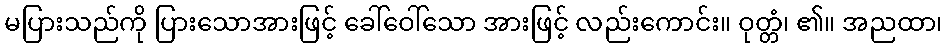
မပြားသည်ကို ပြားသောအားဖြင့် ခေါ်ဝေါ်သော အားဖြင့် လည်းကောင်း။ ဝုတ္တံ၊ ၏။ အညထာ၊